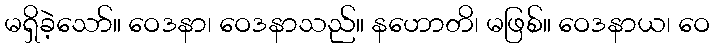
မရှိခဲ့သော်။ ဝေဒနာ၊ ဝေဒနာသည်။ နဟောတိ၊ မဖြစ်။ ဝေဒနာယ၊ ဝေ